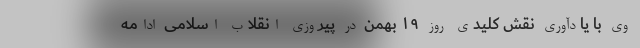
وی با یادآوری نقش کلیدی روز ۱۹ بهمن در پیروزی انقلاب اسلامی ادامه